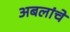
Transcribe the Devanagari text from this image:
अबलांचे